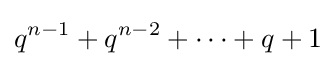
q^{n-1}+q^{n-2}+\cdots +q+1